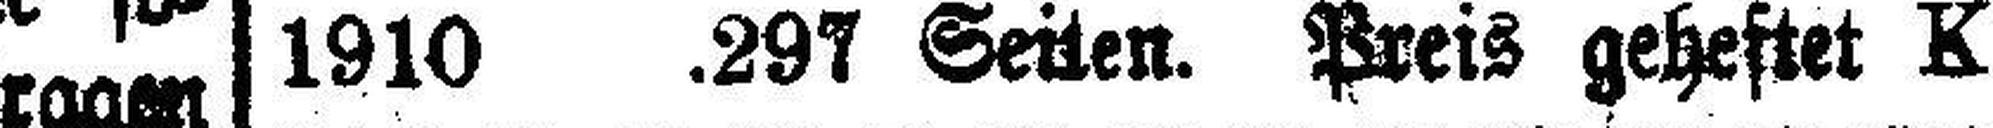
1910 .297 Seiten. Preis geheftet K 7.—.